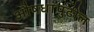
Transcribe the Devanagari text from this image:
औषधांपुढील